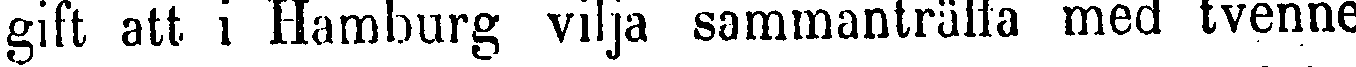
gift att i Hamburg vilja sammanträffa med tvenne